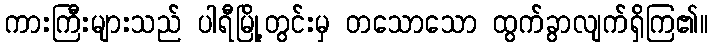
ကားကြီးများသည် ပါရီမြို့တွင်းမှ တသောသော ထွက်ခွာလျက်ရှိကြ၏။